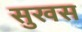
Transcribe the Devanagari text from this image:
सुखस